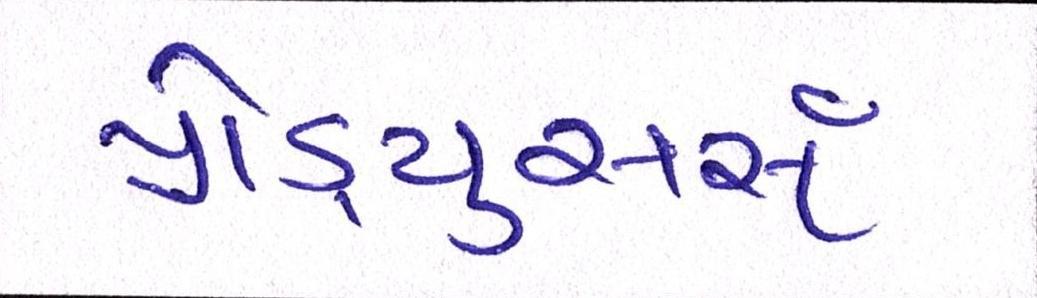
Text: પ્રોડ્યુસર્સ